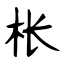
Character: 枨